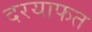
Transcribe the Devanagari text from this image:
दरयाफत